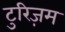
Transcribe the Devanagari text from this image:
टुरिज़म